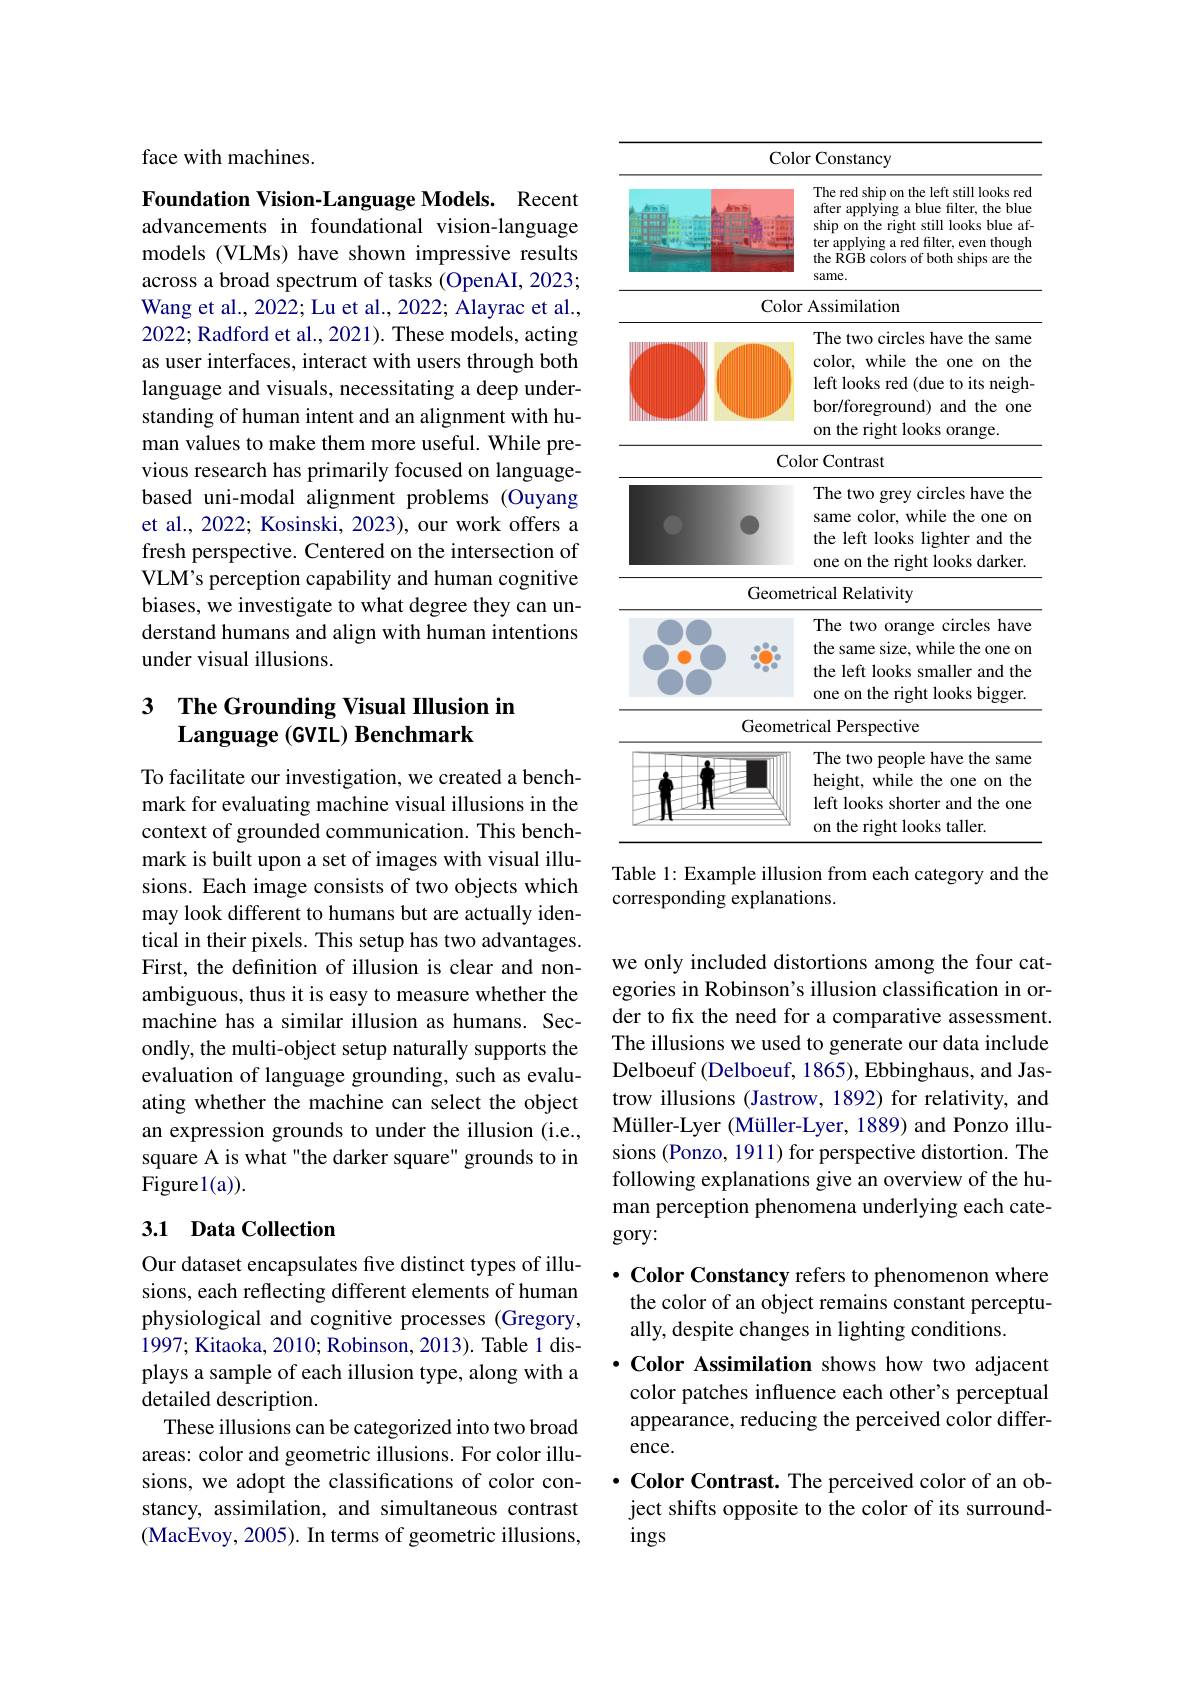
face with machines.

Foundation Vision-Language Models. Recent advancements in foundational vision-language

models (VLMs) have shown impressive results across a broad spectrum of tasks (OpenAI, 2023; Wang et al., 2022; Lu et al., 2022; Alayrac et al., 2022; Radford et al., 2021). These models, acting as user interfaces, interact with users through both language and visuals, necessitating a deep understanding of human intent and an alignment with human values to make them more useful. While previous research has primarily focused on languagebased uni-modal alignment problems (Ouyang et al., 2022; Kosinski, 2023), our work offers a fresh perspective. Centered on the intersection of VLM's perception capability and human cognitive biases, we investigate to what degree they can understand humans and align with human intentions under visual illusions.

# 3 The Grounding Visual Illusion in $\textbf{Language ( GVIL) Benchmark}$

To facilitate our investigation, we created a benchmark for evaluating machine visual illusions in the context of grounded communication. This benchmark is built upon a set of images with visual illusions. Each image consists of two objects which may look different to humans but are actually identical in their pixels. This setup has two advantages. First, the definition of illusion is clear and nonambiguous, thus it is easy to measure whether the machine has a similar illusion as humans. Secondly, the multi-object setup naturally supports the evaluation of language grounding, such as evaluating whether the machine can select the object an expression grounds to under the illusion (i.e., square A is what "the darker square" grounds to in Figurel(a)).

## 3.1 Data Collection

Our dataset encapsulates five distinct types of illusions, each reflecting different elements of human physiological and cognitive processes (Gregory, 1997; Kitaoka, 2010; Robinson, 2013). Table 1 displays a sample of each illusion type, along with a detailed description.
These illusions can be categorized into two broad areas: color and geometric illusions. For color illusions, we adopt the classifications of color constancy, assimilation, and simultaneous contrast (MacEvoy, 2005). In terms of geometric illusions,

<table>
	<tbody>
		<tr>
			<th> </th>
			<th>Color Constancy</th>
		</tr>
		<tr>
			<th> </th>
			<th>The red ship on the left still looks red after applying a blue filter, the blue ship on the right still looks blue af- ter applying a red filter, even though the RGB colors of both ships are the same.</th>
		</tr>
		<tr>
			<td> </td>
			<td>Color Assimilation</td>
		</tr>
		<tr>
			<td> </td>
			<td>The two circles have the same color, while the one on the left looks red (due to its neigh bor/foreground) and the one on the right looks orange.</td>
		</tr>
		<tr>
			<td> </td>
			<td>Color Contrast</td>
		</tr>
		<tr>
			<td>0</td>
			<td>The two grey circles have the same color, while the one on the left looks lighter and the one on the right looks darker</td>
		</tr>
		<tr>
			<td> </td>
			<td>one on the right looks darker Geometrical Relativity</td>
		</tr>
		<tr>
			<td>Y</td>
			<td>The two orange circles have the same size, while the one on the left looks smaller and the one on the right looks bigger.</td>
		</tr>
		<tr>
			<td> </td>
			<td>Geometrical Perspective</td>
		</tr>
		<tr>
			<td>TH T $\frac{1}{2}=\frac{1}{2}=\frac{1}{2}$</td>
			<td>The two people have the same height, while the one on the left looks shorter and the one on the right looks taller.</td>
		</tr>
	</tbody>
</table>
Table 1: Example illusion from each category and the

corresponding explanations.

we only included distortions among the four categories in Robinson's illusion classification in order to fx the need for a comparative assessment. The illusions we used to generate our data include Delboeuf (Delboeuf, 1865), Ebbinghaus, and Jastrow illusions (Jastrow, 1892) for relativity, and Müller-Lyer (Müller-Lyer, 1889) and Ponzo illusions (Ponzo, 1911) for perspective distortion. The following explanations give an overview of the human perception phenomena underlying each category:

### $\cdot \textbf{Color Constancy refers to phenomenon where}$ the color of an object remains constant perceptually, despite changes in lighting conditions.

$\cdot$ Color Assimilation shows how two adjacent color patches influence each other's perceptual appearance, reducing the perceived color difference.

$\cdot \textbf{Color Contrast. The perceived color of an ob- }$ ject shifts opposite to the color of its surround-## ings